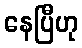
နေပြီဟု